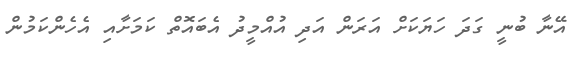
އޭނާ ބުނީ ގަދަ ހަޔަކަށް އަރަން އަދި އުއްމީދު އެބައޮތް ކަމަށާއި އެހެންކަމުން